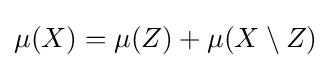
\mu (X)=\mu (Z)+\mu (X\setminus Z)